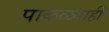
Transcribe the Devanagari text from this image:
पाकळ्याही